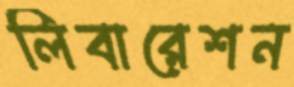
লিবারেশন